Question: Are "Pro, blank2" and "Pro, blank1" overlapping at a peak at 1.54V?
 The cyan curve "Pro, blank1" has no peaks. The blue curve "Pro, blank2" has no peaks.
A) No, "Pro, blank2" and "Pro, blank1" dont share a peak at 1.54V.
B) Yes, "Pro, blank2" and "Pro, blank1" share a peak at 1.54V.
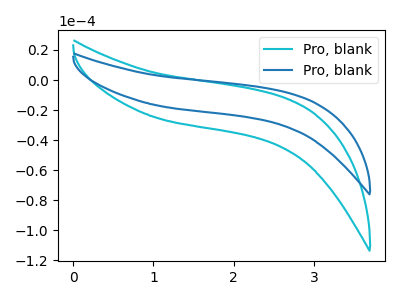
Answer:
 <answer>A) No, "Pro, blank2" and "Pro, blank1" dont share a peak at 1.54V.</answer>
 <eval>A</eval>